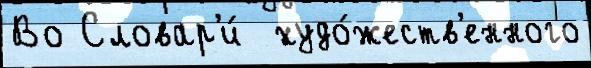
Во Словар'и́  худо́жеств'енного